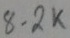
Text: 8.2K